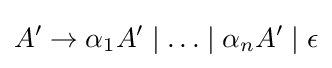
A^{\prime }\rightarrow \alpha _{1}A^{\prime }\mid \ldots \mid \alpha _{n}A^{\prime }\mid \epsilon